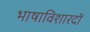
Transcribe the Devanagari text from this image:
भाषाविशारदों